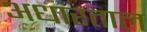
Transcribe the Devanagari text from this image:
अधारताल